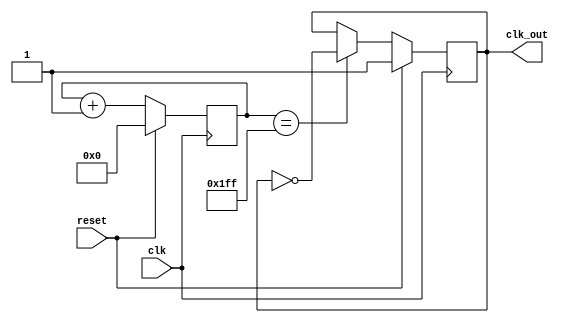
`timescale 1ns / 1ps

module timer_x #(
    parameter Bit_width = 9 // default is 128, if input 1hz clock, this will roughly output around 2 minutes
)(
    input clk,
    input reset,
    
    output reg clk_out
);

    reg [Bit_width - 1 : 0] counter;
    
    initial begin
        clk_out = 0;
        counter = 0;
    end

    always @ (posedge clk) begin
        // Synchrounous reset
        if (reset) begin
            counter <= 0;
            clk_out <= 1;
        end else begin
            counter <= counter + 1;

            if (counter == 2 ** Bit_width - 1) begin
                clk_out <= ~clk_out; 
            end else begin
                clk_out <= clk_out;
            end
        end
    end

endmodule